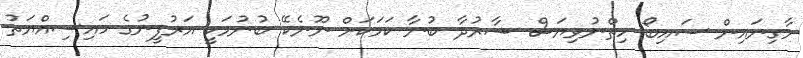
މާގިނައިން ސައިބޯ ހިތްނުވިޔަސް ޝާރުދާ ބުނާ ކަމަކަށް ނޫނެކޭ ބުނުމަކީ އަރުފީނުގެ ހައިސިއްޔަތު